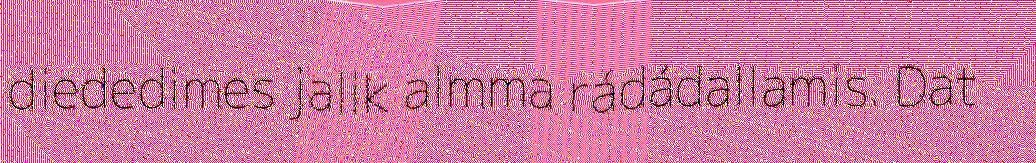
diededimes jalik almma rádádallamis. Dat